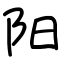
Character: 阳